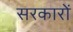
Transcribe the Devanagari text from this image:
सरकाराें